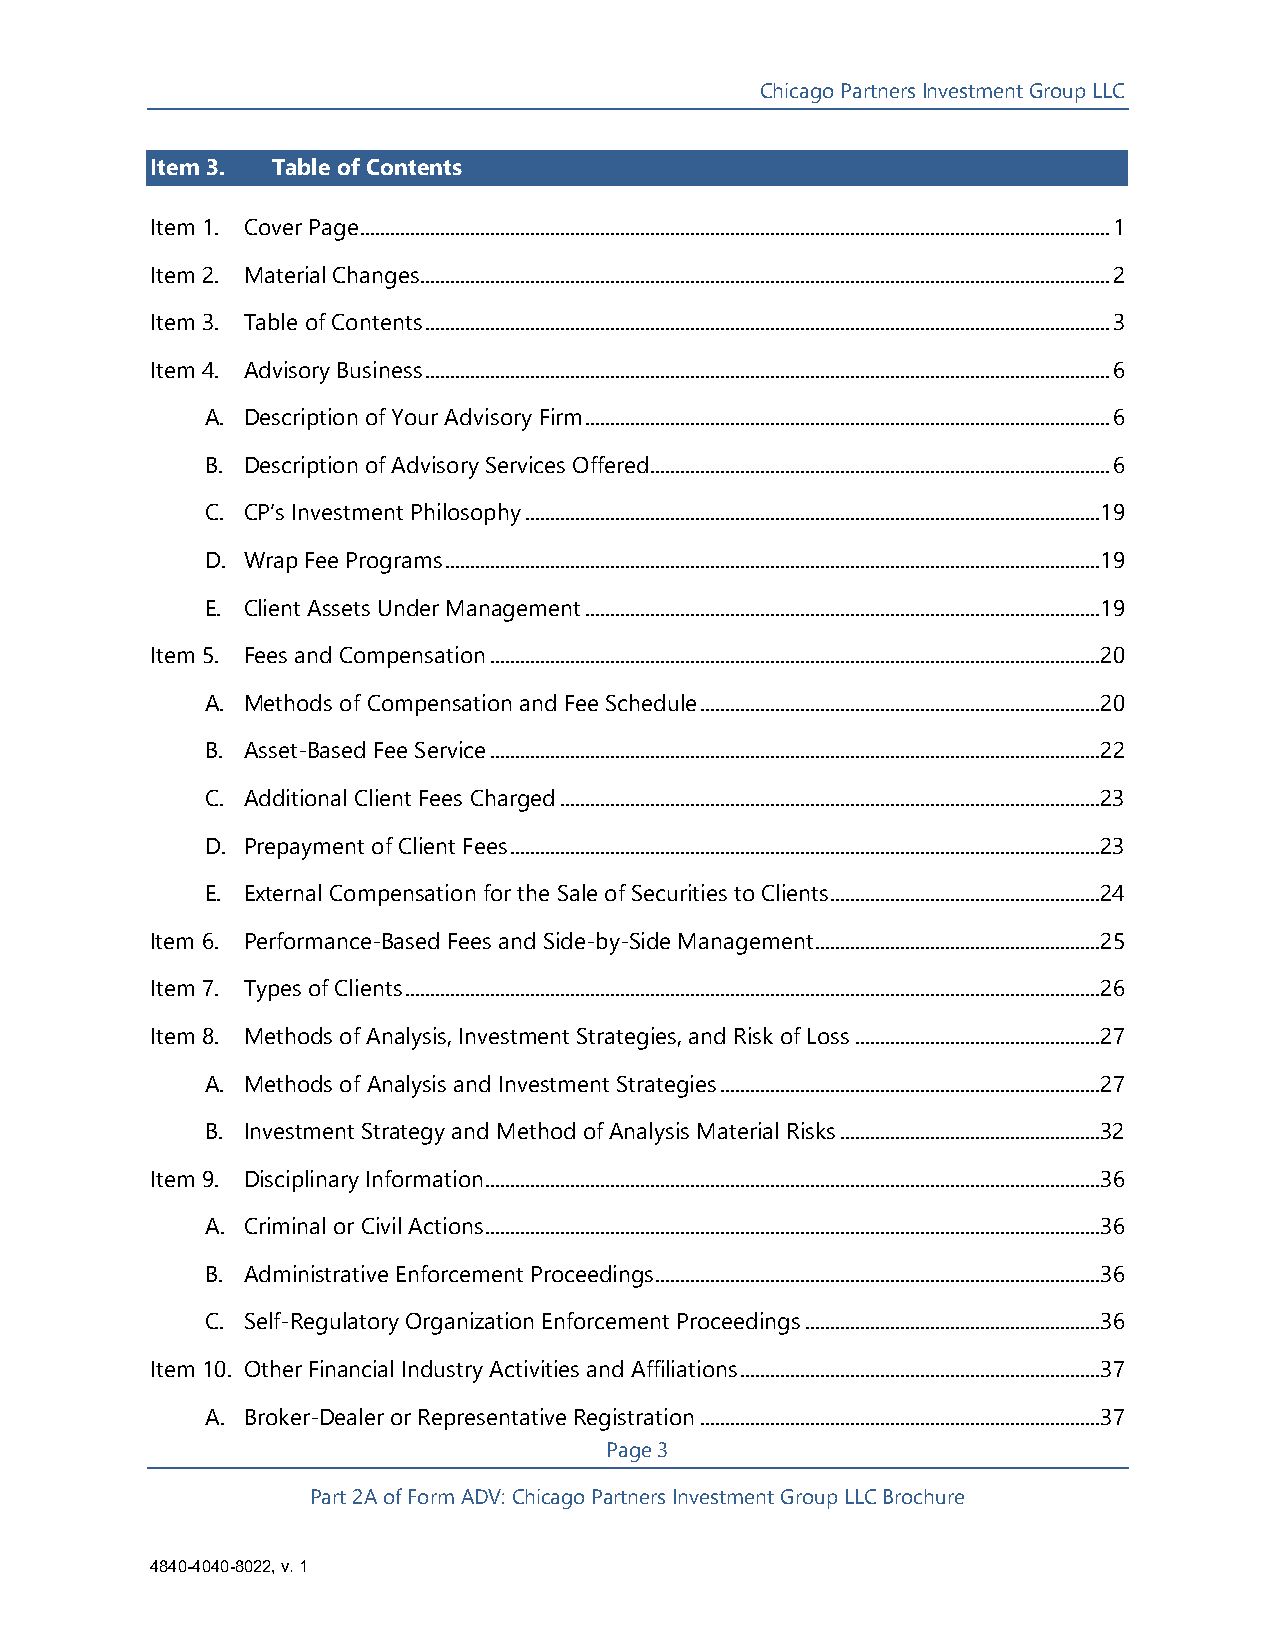
Chicago Partners Investment Group LLC
 Item 3. Table of Contents
 Item 1. Cover Page ...................................................................................................................................................... 1
 Item 2. Material Changes .......................................................................................................................................... 2
 Item 3. Table of Contents ......................................................................................................................................... 3
 Item 4. Advisory Business ......................................................................................................................................... 6
 A. Description of Your Advisory Firm ......................................................................................................... 6
 B. Description of Advisory Services Offered ............................................................................................ 6
 C. CP’s Investment Philosophy ...................................................................................................................1 9
 D. Wrap Fee Programs ................................................................................................................................... 19
 E. Client Assets Under Management ....................................................................................................... 19
 Item 5. Fees and Compensation ..........................................................................................................................2 0
 A. Methods of Compensation and Fee Schedule ................................................................................ 20
 B. Asset-Based Fee Service ..........................................................................................................................2 2
 C. Additional Client Fees Charged ............................................................................................................ 23
 D. Prepayment of Client Fees ...................................................................................................................... 23
 E. External Compensation for the Sale of Securities to Clients ...................................................... 24
 Item 6. Performance-Based Fees and Side-by-Side Management .........................................................2 5
 Item 7. Types of Clients ........................................................................................................................................... 26
 Item 8. Methods of Analysis, Investment Strategies, and Risk of Loss .................................................2 7
 A. Methods of Analysis and Investment Strategies ............................................................................ 27
 B. Investment Strategy and Method of Analysis Material Risks ....................................................3 2
 Item 9. Disciplinary Information ........................................................................................................................... 36
 A. Criminal or Civil Actions ........................................................................................................................... 36
 B. Administrative Enforcement Proceedings ......................................................................................... 36
 C. Self-Regulatory Organization Enforcement Proceedings ........................................................... 36
 Item 10. Other Financial Industry Activities and Affiliations ........................................................................ 37
 A. Broker-Dealer or Representative Registration ................................................................................ 37
 Page 3
 Part 2A of Form ADV: Chicago Partners Investment Group LLC Brochure
 4840-4040-8022, v. 1